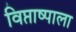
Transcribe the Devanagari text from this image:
विप्ताष्पाला